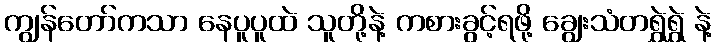
ကျွန်တော်ကသာ နေပူပူထဲ သူတို့နဲ့ ကစားခွင့်ရဖို့ ချွေးသံတရွှဲရွှဲ နဲ့